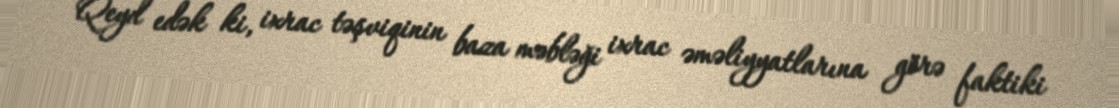
Qeyd edək ki, ixrac təşviqinin baza məbləği ixrac əməliyyatlarına görə faktiki